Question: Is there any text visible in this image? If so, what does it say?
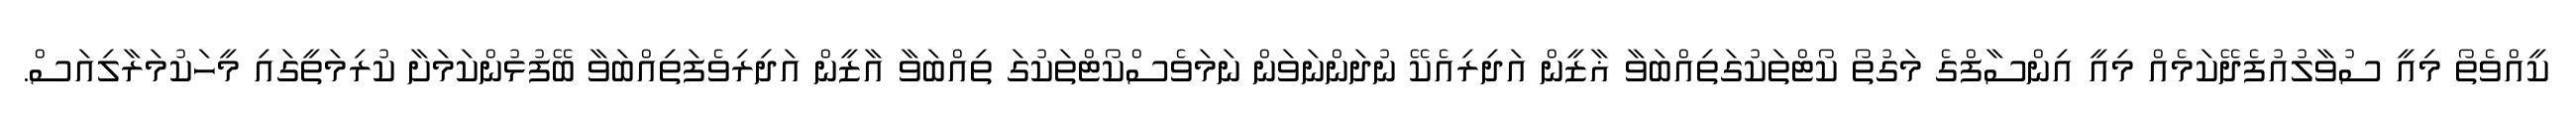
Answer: ކީއްވެތޯ މިއީ ސުވާލުއުފެދޭކަމެއް މިއީ އިންސާފްގެ މަގުތޯ ކޯޓްތަކުގަތިއްބަވާ ޣާޒީން އަދިރިއެކޭ ނުދަންނަވަން ނަމަވެސްކޯޓްތަކުގަ ތިއްބަވާ އާޒީން އަދިރިވެފަތިއްބަވާ ބޭފުޅުންކަމަށާ ކުރިމަތީގައި މީހަކުމަރާލިއަސް.